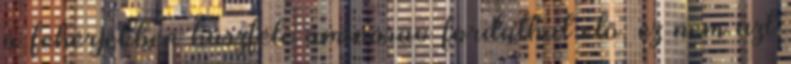
a fehérjékben húszféle aminosav fordulhat elő, ez nem azt